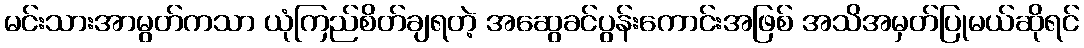
မင်းသားအာမွတ်ကသာ ယုံကြည်စိတ်ချရတဲ့ အဆွေခင်ပွန်းကောင်းအဖြစ် အသိအမှတ်ပြုမယ်ဆိုရင်